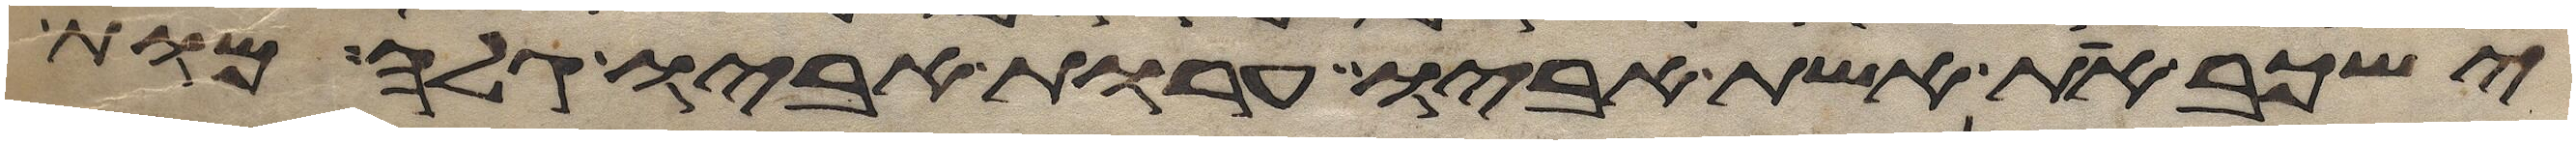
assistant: ישכב את אשת אביו ערות אביו גלה מות